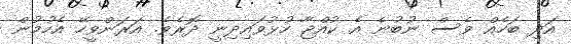
އަދި ބަހެއް ވެސް ނުބުނެ އެ ކުއްޖާ ހުޅުވައިދިނީ ދޮރެވެ. އަރަންވީހޭ އެހުމުން